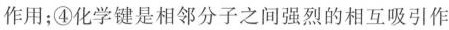
作用；④化学键是相邻分子之间强烈的相互吸引